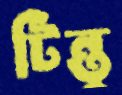
টিন্তু